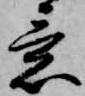
意